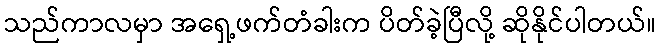
သည်ကာလမှာ အရှေ့ဖက်တံခါးက ပိတ်ခဲ့ပြီလို့ ဆိုနိုင်ပါတယ်။